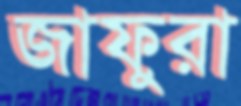
জাফুরা